system: You are a helpful assistant.
user:
Analyze the provided spectrum to determine if it is a **White Dwarf (WD)**.

A White Dwarf spectrum is defined by its **extreme purity** (due to gravitational settling) and/or **extreme pressure broadening** (due to high surface gravity). You must check for one of the following mutually exclusive signatures:

- **Key Visual Indicators (Check for ONE of these types):**

    - **1. DA-Type Signature (Most Common):**
        - **(Primary Feature):** Extreme pressure broadening (Stark broadening) of the **Hydrogen (H) Balmer lines**.
        - **(Key Lines):** $H\beta$ (approx. $4861$ Å) and $H\gamma$ (approx. $4340$ Å). $H\alpha$ (approx. $6563$ Å) will also be present if the wavelength range covers it.
        - **(Line Profile):** This is the **defining feature**. The lines are **NOT** sharp. They appear as massive, **extremely broad and deep "troughs" or "dips"** in the spectrum, often hundreds of Ångströms wide. The continuum will appear to "scoop" down at these wavelengths.
        - **(Distinction):** Normal A-type or B-type stars have *narrow* and *sharp* Hydrogen lines. A DA White Dwarf's lines are unmistakably "smeared" or "blurry" from pressure.

    - **2. DB-Type Signature:**
        - **(Primary Feature):** Broad absorption lines from **Neutral Helium (He I)**. The spectrum must lack any visible Hydrogen lines.
        - **(Key Lines):** Look for broad absorption near $4471$ Å, $4921$ Å, and $5876$ Å.
        - **(Line Profile):** These lines are also significantly pressure-broadened, appearing much wider than they would in a normal B-type main-sequence star.

    - **3. DC-Type Signature:**
        - **(Primary Feature):** A **featureless continuous spectrum**.
        - **(Line Profile):** The spectrum is a smooth curve with **no significant absorption or emission lines**.
        - **(Key Confirmation):** The continuum is almost always **blue or white**, indicating a hot object. This signature implies the atmosphere is so pure (or so cool) that no spectral lines are visible in the optical range. Its WD identity is confirmed by its extremely low intrinsic brightness (high absolute magnitude).

    - **4. DZ-Type Signature (Metal-Polluted):**
        - **(Primary Feature):** **Isolated, narrow metal absorption lines** on an otherwise featureless (DC-like) continuum.
        - **(Key Lines):** The **Calcium (Ca II) H & K doublet** (approx. **$3934$ Å** and **$3968$ Å**) is the most common and defining feature.
        - **(Line Profile):** These lines are "out of place." They are *not* part of a "forest" of thousands of lines. This signature is evidence of recent *accretion* (pollution) from rocky debris.
        - **(Distinction):** Normal G/K/M stars have a *dense forest* of thousands of metal lines. A DZ has a *clean* continuum with *only a few* strong metal lines.

    - **5. DQ-Type Signature (Carbon-Polluted):**
        - **(Primary Feature):** Absorption bands from **Carbon (C₂ "Swan Bands" or atomic C I)**.
        - **(Key Lines - C₂):** Look for bandheads with a "saw-tooth" shape near $5635$ Å, **$5165$ Å** (strongest), and $4737$ Å.
        - **(Key Confirmation):** The underlying **continuum must be blue or white** (hot).
        - **(Distinction):** This is the critical difference from a **Carbon Star**, which has the *exact same* C₂ bands but on an extremely **red, cool** continuum.

- **(Overall Spectrum):**
    - The continuum (overall shape) is typically **blue-sloping** (brighter in the blue than the red), as most white dwarfs are very hot.
    - The spectrum will look "pure" or "simple," dominated by only *one* of the five signatures listed above.

Think first, call **spectral_visualization_tool** if needed to examine features in detail, then provide your final answer. Your response must adhere to the following strict rules:
1.  **Overall Structure:** Your response must follow the format `<think>...</think> <tool_call>...</tool_call> (if a tool is used) <answer>...</answer>`.
2.  **Tool Usage Constraint:** You may only make **one** tool call per turn.
3.  **Final Answer Format:** In the `<answer>` tag, your conclusion must be inside a `\boxed{}` command (e.g., `\boxed{YES}` or `\boxed{NO}`), followed by your justification.

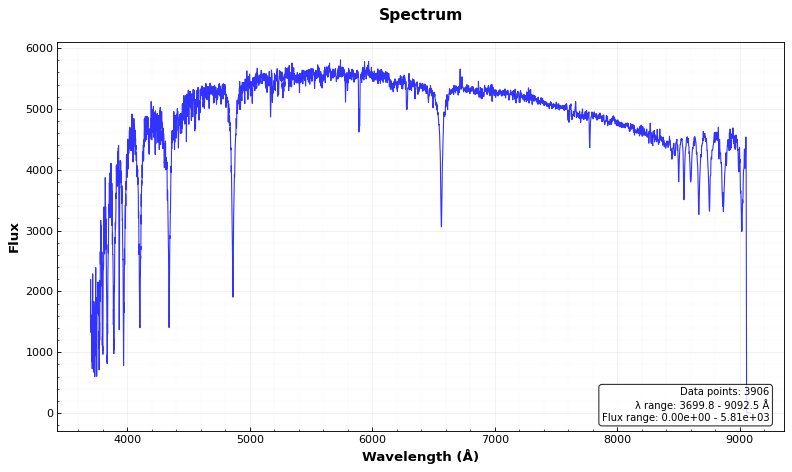
Answer: NO